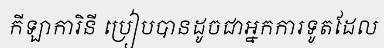
កីឡាការិនី ប្រៀបបានដូចជាអ្នកការទូតដែល